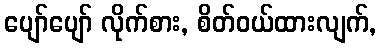
ပျော်ပျော် လိုက်စား, စိတ်ဝယ်ထားလျက်,